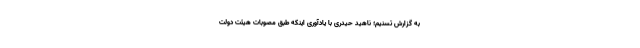
به گزارش تسنیم؛ ناهید حیدری با یادآوری اینکه طبق مصوبات هیئت دولت